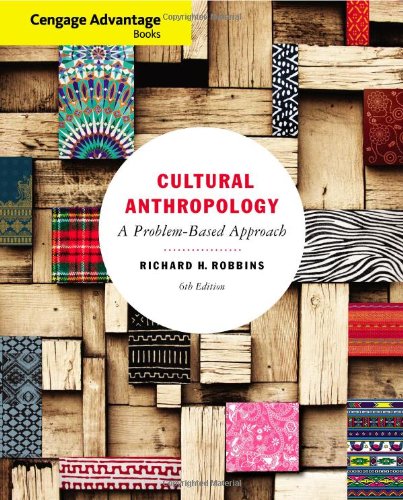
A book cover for Cengage Advantage Books: Cultural Anthropology: A Problem-Based Approach; Richard H. Robbins; Science & Math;